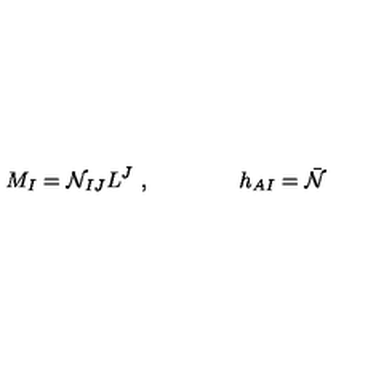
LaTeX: M _ { I } = { \cal { N } } _ { I J } L ^ { J } \ , \qquad \qquad h _ { A I } = { \bar { { \cal { N } } } }